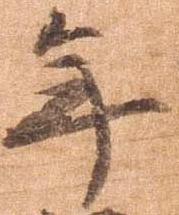
年